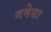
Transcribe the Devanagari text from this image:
गमेसा